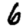
Digit: 6